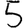
Digit: 5